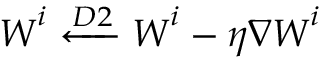
\boldsymbol { W } ^ { i } \xleftarrow { D 2 } \boldsymbol { W } ^ { i } - \eta \nabla \boldsymbol { W } ^ { i }